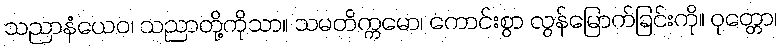
သညာနံယေဝ၊ သညာတို့ကိုသာ။ သမတိက္ကမော၊ ကောင်းစွာ လွန်မြောက်ခြင်းကို။ ဝုတ္တော၊